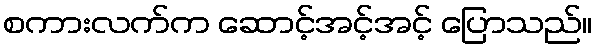
စကားလက်က ဆောင့်အင့်အင့် ပြောသည်။